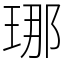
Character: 𤥶